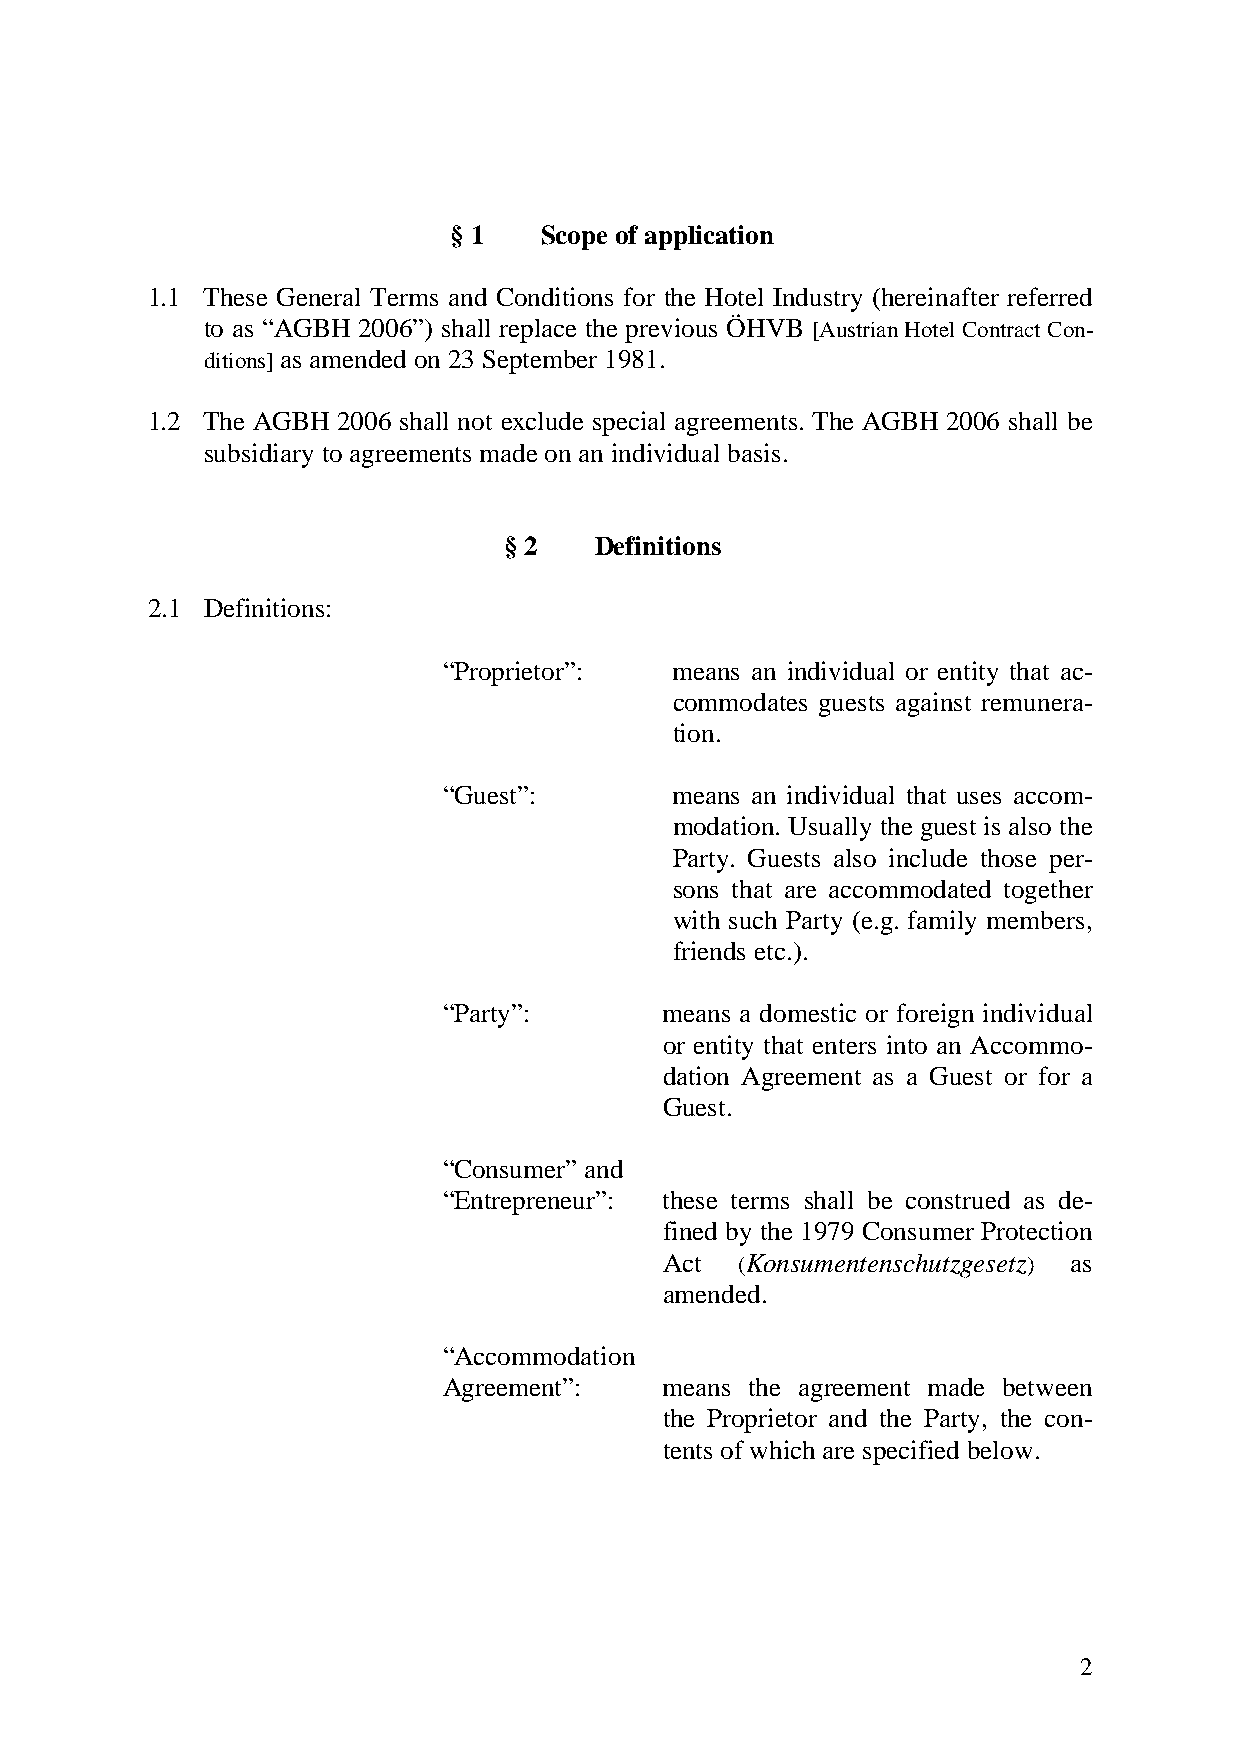
§ 1   Scope of application
 1.1 These General Terms and Conditions for the Hotel Industry (hereinafter referred
 to as “AGBH 2006”) shall replace the previous ÖHVB [Austrian Hotel Contract Con-
 ditions] as amended on 23 September 1981.
 1.2 The AGBH 2006 shall not exclude special agreements. The AGBH 2006 shall be
 subsidiary to agreements made on an individual basis.
 § 2   Definitions
 2.1 Definitions:
 “Proprietor”:   means an individual or entity that ac-
 commodates guests against remunera-
 tion.
 “Guest”:        means an individual that uses accom-
 modation. Usually the guest is also the
 Party. Guests also include those per-
 sons that are accommodated together
 with such Party (e.g. family members,
 friends etc.).
 “Party”:       means a domestic or foreign individual
 or entity that enters into an Accommo-
 dation Agreement as a Guest or for a
 Guest.
 “Consumer” and
 “Entrepreneur”: these terms shall be construed as de-
 fined by the 1979 Consumer Protection
 Act  (Konsumentenschutzgesetz) as
 amended.
 “Accommodation
 Agreement”:    means the agreement made between
 the Proprietor and the Party, the con-
 tents of which are specified below.
 2